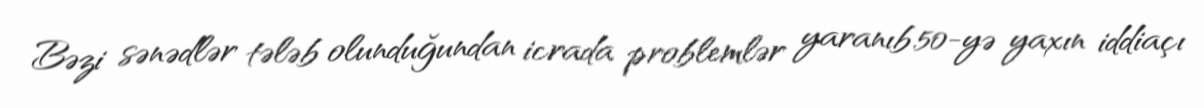
Bəzi sənədlər tələb olunduğundan icrada problemlər yaranıb.50-yə yaxın iddiaçı